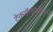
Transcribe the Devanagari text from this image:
टेक्नॉलॉजीजचे